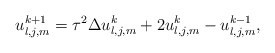
\begin{align*} u_{l,j,m}^{k+1} = \tau^2 \Delta u_{l,j,m}^k + 2 u_{l,j,m}^k - u_{l,j,m}^{k-1},\end{align*}